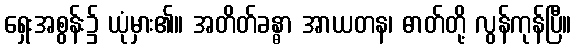
ရှေးအစွန်း၌ ယုံမှား၏။ အတိတ်ခန္ဓာ အာယတန၊ ဓာတ်တို့ လွန်ကုန်ပြီ။